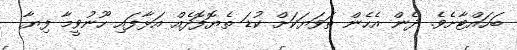
ބަހައްޓާށެވެ. ދެން އެހެން ތަވަޔަކަށް ކުޑަ ތެޔޮފޮދެއް އަޅާފައި ހޫނުވީމާ ފިޔާ